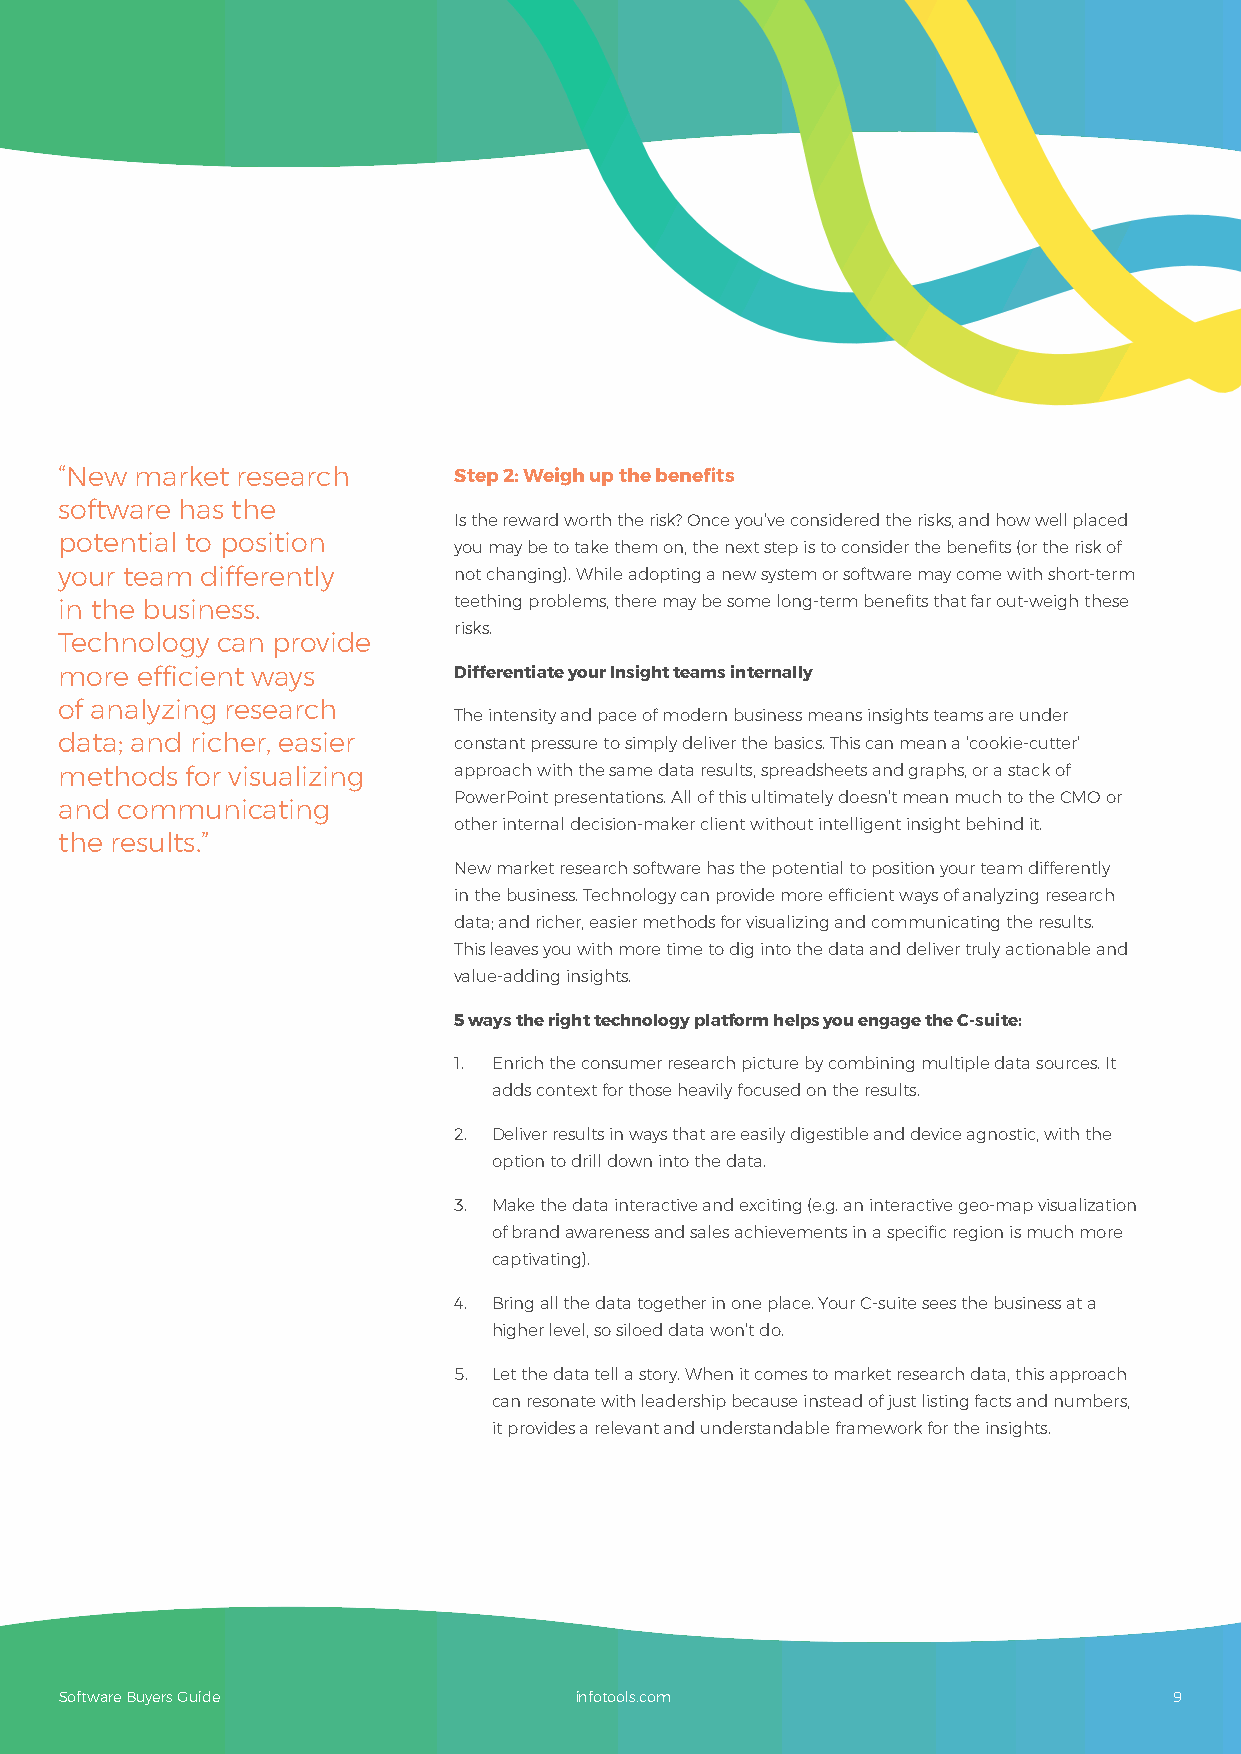
“New market research      Step 2: Weigh up the benefits
 software has the
 Is the reward worth the risk? Once you’ve considered the risks, and how well placed
 potential to position
 you may be to take them on, the next step is to consider the benefits (or the risk of
 your team differently     not changing). While adopting a new system or software may come with short-term
 in the business.          teething problems, there may be some long-term benefits that far out-weigh these
 risks.
 Technology can provide
 more efficient ways       Differentiate your Insight teams internally
 of analyzing research
 The intensity and pace of modern business means insights teams are under
 data; and richer, easier  constant pressure to simply deliver the basics. This can mean a ‘cookie-cutter’
 methods for visualizing   approach with the same data results, spreadsheets and graphs, or a stack of
 PowerPoint presentations. All of this ultimately doesn’t mean much to the CMO or
 and communicating
 other internal decision-maker client without intelligent insight behind it.
 the results.”
 New market research software has the potential to position your team differently
 in the business. Technology can provide more efficient ways of analyzing research
 data; and richer, easier methods for visualizing and communicating the results.
 This leaves you with more time to dig into the data and deliver truly actionable and
 value-adding insights.
 5 ways the right technology platform helps you engage the C-suite:
 1. Enrich the consumer research picture by combining multiple data sources. It
 adds context for those heavily focused on the results.
 2. Deliver results in ways that are easily digestible and device agnostic, with the
 option to drill down into the data.
 3. Make the data interactive and exciting (e.g. an interactive geo-map visualization
 of brand awareness and sales achievements in a specific region is much more
 captivating).
 4. Bring all the data together in one place. Your C-suite sees the business at a
 higher level, so siloed data won’t do.
 5. Let the data tell a story. When it comes to market research data, this approach
 can resonate with leadership because instead of just listing facts and numbers,
 it provides a relevant and understandable framework for the insights.
 Software Buyers Guide             infotools.com                           9